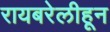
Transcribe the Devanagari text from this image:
रायबरेलीहून